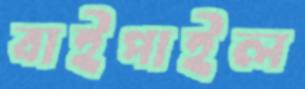
বাইপাইল